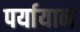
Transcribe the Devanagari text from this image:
पर्यायानं